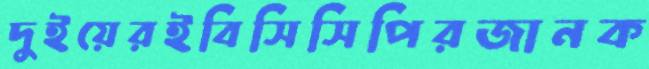
দুইয়েরইবিসিসিপিরজানক